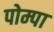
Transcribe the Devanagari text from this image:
पोम्पा